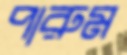
পারুম